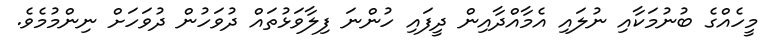
މީހެއްގެ ބުނުމަކާއި ނުލައި އެމާއްދާއިން ދީފައި ހުންނަ ފިލާވަޅުތައް ދުވަހުން ދުވަހަށް ނިންމުމެވެ.